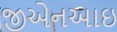
જીએનઆઇ